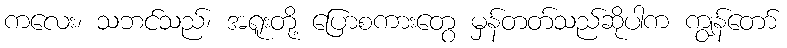
ကလေး၊ သဘင်သည်၊ အရူးတို့ ပြောစကားတွေ မှန်တတ်သည်ဆိုပါက ကျွန်တော်